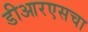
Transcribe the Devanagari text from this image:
डीआरएसचा